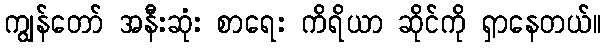
ကျွန်တော် အနီးဆုံး စာရေး ကိရိယာ ဆိုင်ကို ရှာနေတယ်။